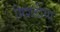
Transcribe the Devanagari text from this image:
मिशडीया